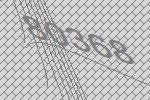
80368